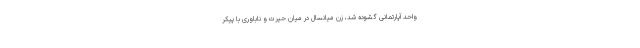
واحد آپارتمانی گشوده شد، زن میانسال در میان حیرت و ناباوری با پیکر